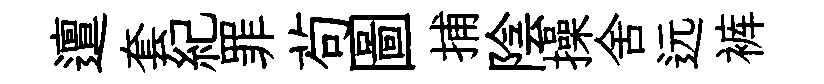
邅套紀罪茍圖捕陰操舍远裤